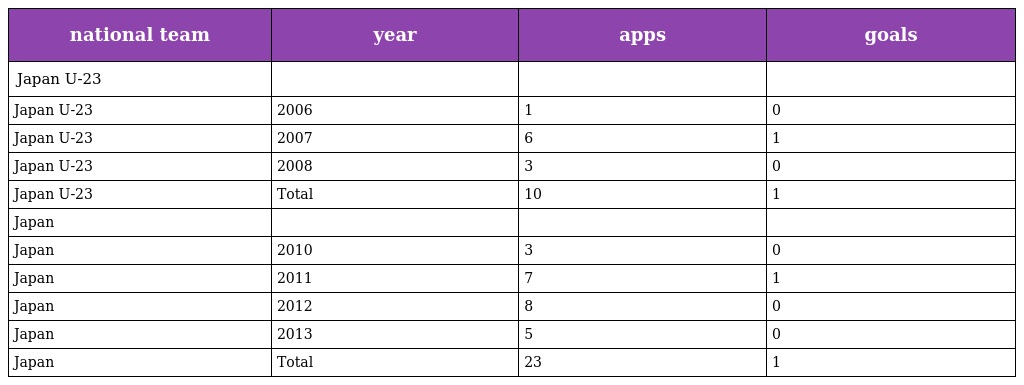
| national team | year | apps | goals |
 | --- | --- | --- | --- |
 | Japan U-23 |  |  |  |
 | Japan U-23 | 2006 | 1 | 0 |
 | Japan U-23 | 2007 | 6 | 1 |
 | Japan U-23 | 2008 | 3 | 0 |
 | Japan U-23 | Total | 10 | 1 |
 | Japan |  |  |  |
 | Japan | 2010 | 3 | 0 |
 | Japan | 2011 | 7 | 1 |
 | Japan | 2012 | 8 | 0 |
 | Japan | 2013 | 5 | 0 |
 | Japan | Total | 23 | 1 |